Indian journal of veterinary science and animal husbandry - Volumes 26-27, 1956-1957
Year: 1956
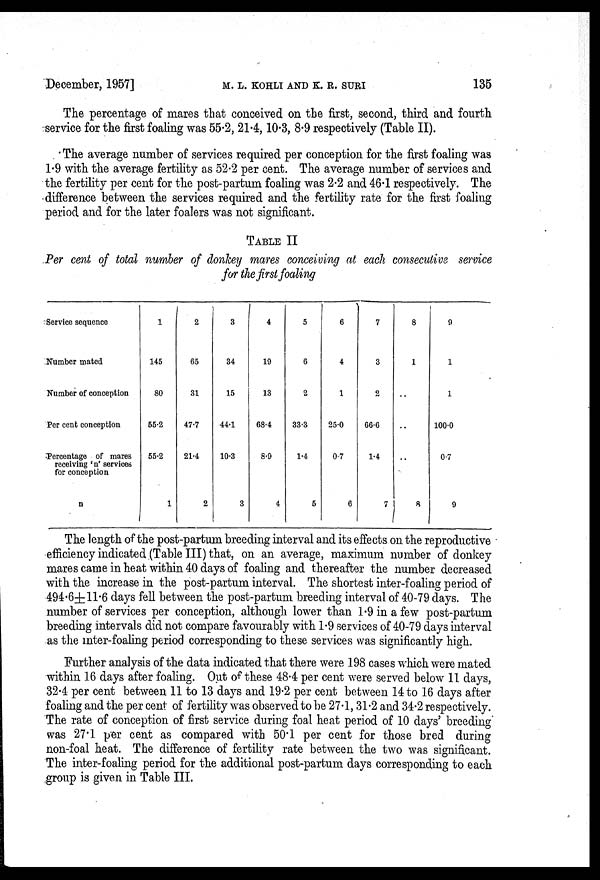
December, 1957]
M. L. KOHLI AND K. R. SURI 135
The percentage of mares that conceived on the first, second, third and fourth
service for the first foaling was 55.2, 21.4, 10.3, 8.9 respectively (Table II).
The average number of services required per conception for the first foaling was
1.9 with the average fertility as 52.2 per cent. The average number of services and
the fertility per cent for the post-partum foaling was 2.2 and 46.1 respectively. The
difference between the services required and the fertility rate for the first foaling
period and for the later foalers was not significant.
TABLE II
Per cent of total number of donkey mares conceiving at each consecutive service
for the first foaling
Service sequence
Number mated
Number of conception
Per cent conception
Percentage of mares
receiving 'n' services
for conception
n
1
145
80
55.2
55.2
1
2
65
31
47.7
21.4
2
3
34
15
44.1
10.3
3
4
19
13
68.4
8.9
4
5
6
2
33.3
1.4
5
6
4
1
25.0
0.7
6
7
3
2
66.6
1.4
7
8
1
..
..
..
8
9
1
1
100.0
0.7
9
The length of the post-partum breeding interval and its effects on the reproductive
efficiency indicated (Table III) that, on an average, maximum number of donkey
mares came in heat within 40 days of foaling and thereafter the number decreased
with the increase in the post-partum interval. The shortest inter-foaling period of
494.6±11.6 days fell between the post-partum breeding interval of 40-79 days. The
number of services per conception, although lower than 1.9 in a few post-partum
breeding intervals did not compare favourably with 1.9 services of 40-79 days interval
as the inter-foaling period corresponding to these services was significantly high.
Further analysis of the data indicated that there were 198 cases which were mated
within 16 days after foaling. Out of these 48.4 per cent were served below 11 days,
32.4 per cent between 11 to 13 days and 19.2 per cent between 14 to 16 days after
foaling and the per cent of fertility was observed to be 27.1, 31.2 and 34.2 respectively.
The rate of conception of first service during foal heat period of 10 days' breeding
was 27.1 per cent as compared with 50.1 per cent for those bred during
non-foal heat. The difference of fertility rate between the two was significant.
The inter-foaling period for the additional post-partum days corresponding to each
group is given in Table III.